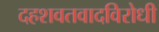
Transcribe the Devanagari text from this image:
दहशवतवादविरोधी